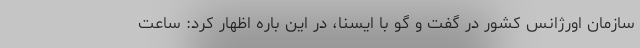
سازمان اورژانس کشور در گفت و گو با ایسنا، در این باره اظهار کرد: ساعت